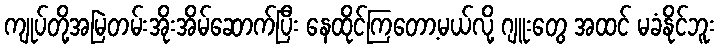
ကျုပ်တို့အမြဲတမ်းအိုးအိမ်ဆောက်ပြီး နေထိုင်ကြတော့မယ်လို့ ဂျူးတွေ အထင် မခံနိုင်ဘူး